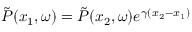
\Tilde { P } ( x _ { 1 } , \omega ) = \Tilde { P } ( x _ { 2 } , \omega ) e ^ { \gamma ( x _ { 2 } - x _ { 1 } ) }